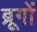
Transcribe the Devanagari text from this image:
ब्रूगों